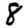
Digit: 8